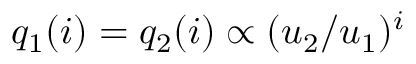
q _ { 1 } ( i ) = q _ { 2 } ( i ) \propto ( u _ { 2 } / u _ { 1 } ) ^ { i }